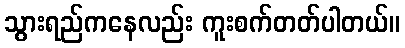
သွားရည်ကနေလည်း ကူးစက်တတ်ပါတယ်။